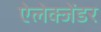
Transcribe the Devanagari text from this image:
ऐलेक्जेंडर